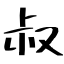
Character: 叔